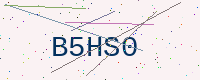
Text: B5HS0